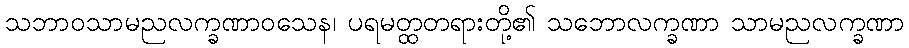
သဘာဝသာမညလက္ခဏာဝသေန၊ ပရမတ္ထတရားတို့၏ သဘောလက္ခဏာ သာမညလက္ခဏာ